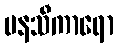
မနသီကာရော